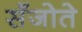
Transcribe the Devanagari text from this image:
सँजोते